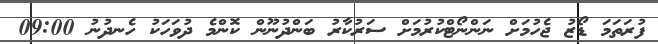
ފުރަތަމަ ޑޯޒު ޖެހުމަށް ނަންނޯޓްކުރުމަށް ސަރުކާރު ބަންދުނޫން ކޮންމެ ދުވަހަކު ހެނދުނު 09:00